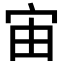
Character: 宙